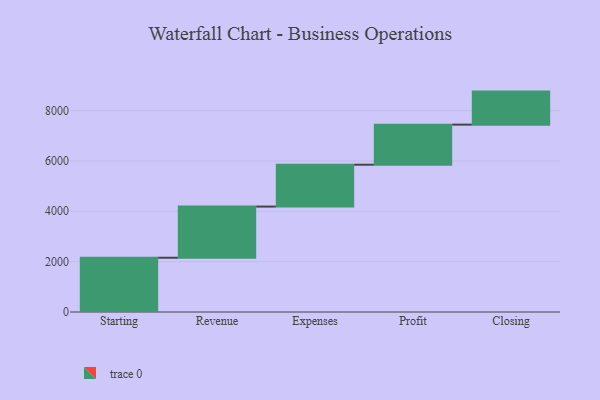
{"axis": {"x": "Step", "y": "Value"}, "legend": [""], "data": [{"x": "Starting", "y": 2155.0, "type": ""}, {"x": "Revenue", "y": 2032.0, "type": ""}, {"x": "Expenses", "y": 1663.0, "type": ""}, {"x": "Profit", "y": 1592.0, "type": ""}, {"x": "Closing", "y": 1312.0, "type": ""}]}